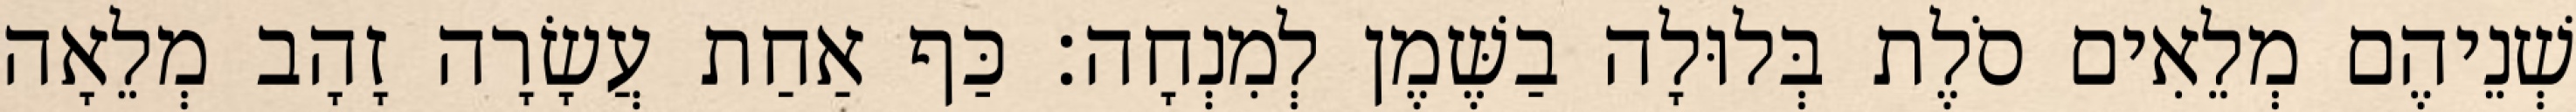
שְׁנֵיהֶם מְלֵאִים סֹלֶת בְּלוּלָה בַשֶּׁמֶן לְמִנְחָה׃ כַּף אַחַת עֲשָׂרָה זָהָב מְלֵאָה